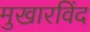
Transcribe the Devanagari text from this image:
मुखारविंद